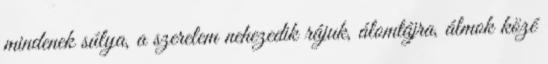
mindenek súlya, a szerelem nehezedik rájuk, álomtájra, álmok közé